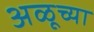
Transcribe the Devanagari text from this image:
अळूच्या